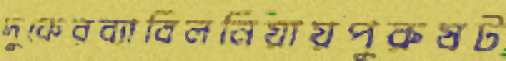
দুকেরব্যাবিলনিয়ায়পুরুষট